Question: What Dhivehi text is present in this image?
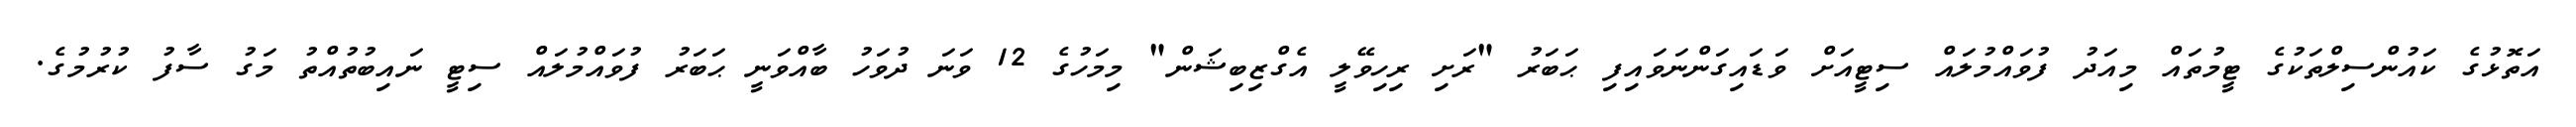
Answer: އަތޮޅުގެ ކައުންސިލްތަކުގެ ޓީމުތައް މިއަދު ފުވައްމުލައް ސިޓީއަށް ވަޑައިގަންނަވައިފި ޙަބަރު "ރަށި ރިހިވޭލީ އެގްޒިބިޝަން" މިމަހުގެ 12 ވަނަ ދުވަހު ބާއްވަނީ ޙަބަރު ފުވައްމުލައް ސިޓީ ނައިބުތުއްތު މަގު ސާފު ކުރުމުގެ.